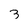
Character: 3